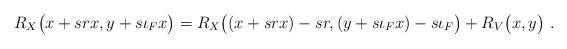
LaTeX: \begin{align*}R_X\big(x+srx,y+s\iota_Fx\big)=R_X\big((x+srx)-sr,(y+s\iota_Fx)-s\iota_F\big)+R_V\big(x,y\big)\ .\end{align*}